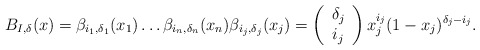
\begin{align*} B_{I,\delta}(x) = \beta_{i_1,\delta_1}(x_1) \dots \beta_{i_n,\delta_n}(x_n) \beta_{i_j,\delta_j}(x_j)=\left(\begin{array}{c} \delta_j \\ i_j\end{array}\right) x_j^{i_j} (1-x_j)^{\delta_j-i_j}.\end{align*}